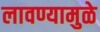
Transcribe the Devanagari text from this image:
लावण्यामुळे